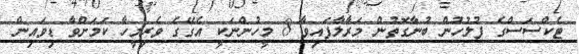
ޓެކްސަސްގެ ފުލުހުން ބުނާގޮތުން މަރާލާފައިވާ 8 މީހުންނަކީ އެގޭގެ ވެރިމީހާ ކަމަށްވާ ޑިވައިން